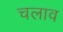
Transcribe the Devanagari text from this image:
चलाव